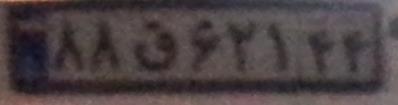
۸۸ق۶۲۱۴۴